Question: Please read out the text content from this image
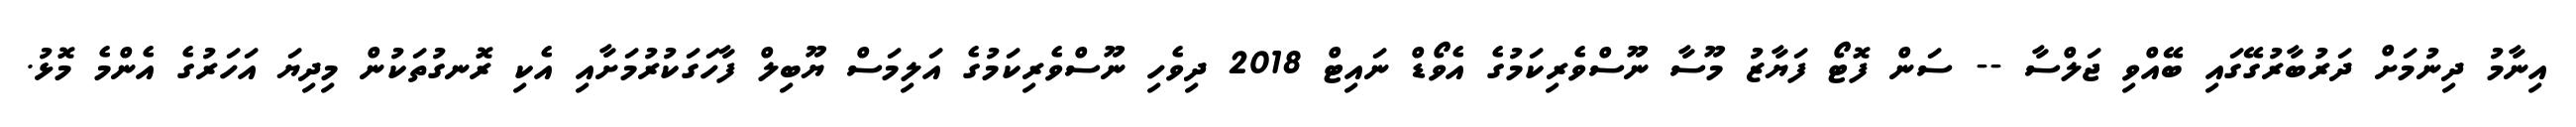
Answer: އިނާމު ދިނުމަށް ދަރުބާރުގޭގައި ބޭއްވި ޖަލްސާ -- ސަން ފޮޓޯ ފަޔާޒު މޫސާ ނޫސްވެރިކަމުގެ އެވޯޑް ނައިޓް 2018 ދިވެހި ނޫސްވެރިކަމުގެ އަލިމަސް ޔޫބިލް ފާހަގަކުރުމަށާއި އެކި ރޮނގުތަކުން މިދިޔަ އަހަރުގެ އެންމެ މޮޅު.